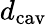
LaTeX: d_{\mathrm{cav}}